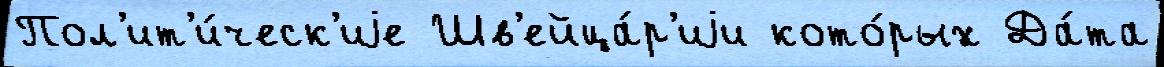
Пол'ит'и́ческ'иjе Шв'ейца́р'иjи кото́рых Да́та